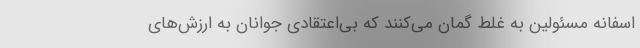
اسفانه مسئولین به غلط گمان می‌کنند که بی‌اعتقادی جوانان به ارزش‌های